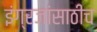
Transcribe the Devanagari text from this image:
इंग्रजांसाठीच